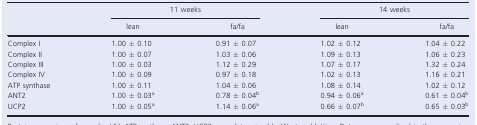
<table><thead><tr><td rowspan="2"></td><td colspan="2"><b>11 weeks</b></td><td colspan="2"><b>14 weeks</b></td></tr><tr><td><b>lean</b></td><td><b>fa/fa</b></td><td><b>lean</b></td><td><b>fa/fa</b></td></tr></thead><tbody><tr><td>Complex I</td><td>1.00 ± 0.10</td><td>0.91 ± 0.07</td><td>1.02 ± 0.12</td><td>1.04 ± 0.22</td></tr><tr><td>Complex II</td><td>1.00 ± 0.07</td><td>1.03 ± 0.06</td><td>1.09 ± 0.13</td><td>1.06 ± 0.23</td></tr><tr><td>Complex III</td><td>1.00 ± 0.03</td><td>1.12 ± 0.29</td><td>1.07 ± 0.17</td><td>1.32 ± 0.24</td></tr><tr><td>Complex IV</td><td>1.00 ± 0.09</td><td>0.97 ± 0.18</td><td>1.02 ± 0.13</td><td>1.16 ± 0.21</td></tr><tr><td>ATP synthase</td><td>1.00 ± 0.11</td><td>1.04 ± 0.06</td><td>1.08 ± 0.14</td><td>1.02 ± 0.12</td></tr><tr><td>ANT2</td><td>1.00 ± 0.03<sup>a</sup></td><td>0.78 ± 0.04<sup>b</sup></td><td>0.94 ± 0.06<sup>a</sup></td><td>0.61 ± 0.04<sup>b</sup></td></tr><tr><td>UCP2</td><td>1.00 ± 0.05<sup>a</sup></td><td>1.14 ± 0.06<sup>a</sup></td><td>0.66 ± 0.07<sup>b</sup></td><td>0.65 ± 0.03<sup>b</sup></td></tr></tbody></table>